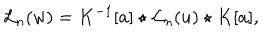
{ { \mathcal L } _ { n } } ( w ) = K ^ { - 1 } [ a ] \star { { \mathcal L } _ { n } } ( u ) \star K [ a ] ,